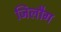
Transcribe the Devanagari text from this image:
जिलौग